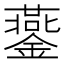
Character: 𨬪